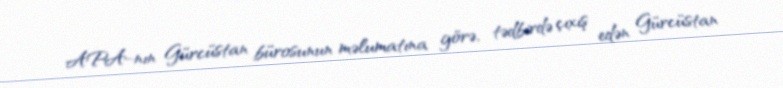
APA-nın Gürcüstan bürosunun məlumatına görə, tədbirdə çıxış edən Gürcüstan